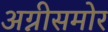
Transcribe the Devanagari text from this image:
अग्नीसमोर